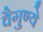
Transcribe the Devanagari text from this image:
वैगुण्ये